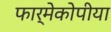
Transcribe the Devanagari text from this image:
फार्मेकोपीया